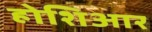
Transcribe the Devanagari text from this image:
होशिआर